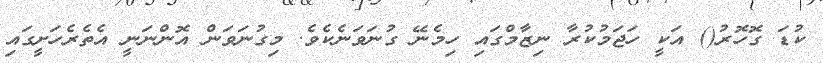
ކުޑަ ގޮހޮރު() އަކީ ހަޖަމުކުރާ ނިޒާމްގައި ހިމެނޭ ގުނަވަނެކެވެ. މިގުނަވަން އޮންނަނީ އެތެރެހަށީގައި